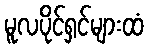
မူလပိုင်ရှင်များထံ